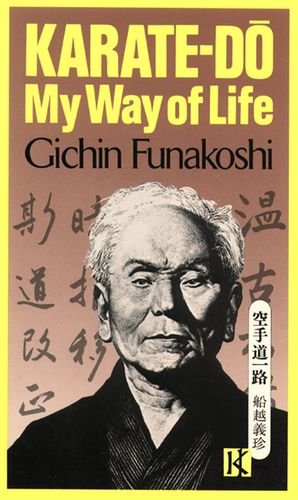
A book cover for Karate-Do: My Way of Life; Gichin Funakoshi; Sports & Outdoors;